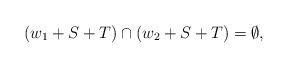
LaTeX: \begin{align*} (w_1 + S + T) \cap (w_2 + S + T) = \emptyset,\end{align*}